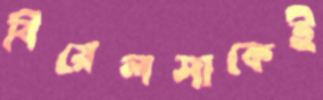
বিয়েলসাকেই